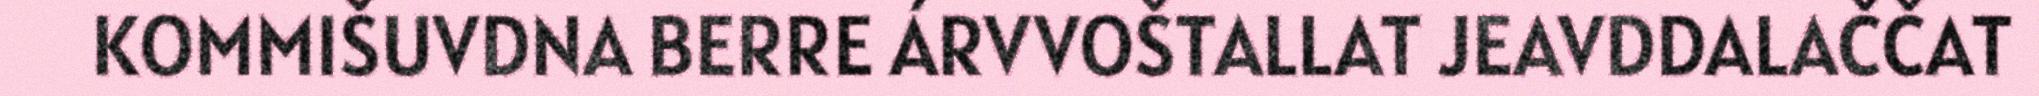
KOMMIŠUVDNA BERRE ÁRVVOŠTALLAT JEAVDDALAČČAT